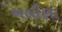
અલીણા